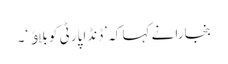
بنجارا نے کہا کہ ’ڈنڈا پارٹی کو بلاﺅ‘۔